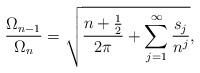
LaTeX: \begin{align*}\frac{\Omega _{n-1}}{\Omega _{n}}=\sqrt{\frac{n+\frac{1}{2}}{2\pi }+\sum_{j=1}^{\infty }\frac{s_{j}}{n^{j}}},\end{align*}